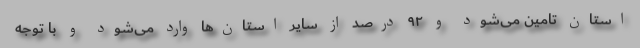
استان تامین می‌شود و ۹۲ درصد از سایر استان‌ها وارد می‌شود و با توجه